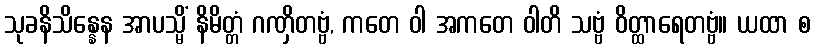
သုခနိသိန္နေန အာပသ္မိံ နိမိတ္တံ ဂဏှိတဗ္ဗံ, ကတေ ဝါ အကတေ ဝါတိ သဗ္ဗံ ဝိတ္ထာရေတဗ္ဗံ။ ယထာ စ